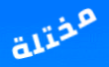
مختلة